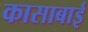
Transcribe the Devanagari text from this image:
कासाबाई